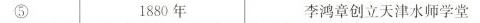
⑤ 1880年 李鸿章创立天津水师学堂